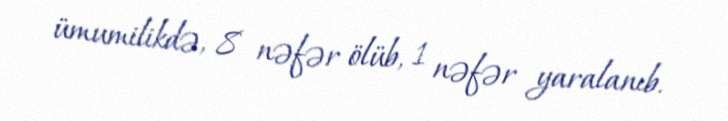
ümumilikdə, 8 nəfər ölüb, 1 nəfər yaralanıb.